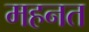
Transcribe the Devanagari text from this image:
महनत